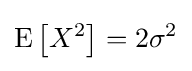
\operatorname {E} \left[X^{2}\right]=2\sigma ^{2}